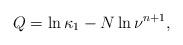
LaTeX: \begin{align*}Q=\ln \kappa_1-N\ln \nu^{n+1},\end{align*}